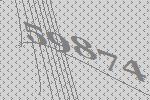
59874